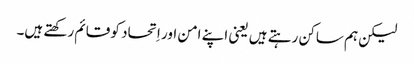
‏ لیکن ہم ساکن رہتے ہیں یعنی اپنے امن اور اِتحاد کو قائم رکھتے ہیں۔